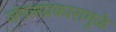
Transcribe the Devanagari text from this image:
जंगलप्रकारामुळे